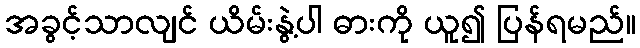
အခွင့်သာလျင် ယိမ်းနွဲ့ပါ ဓားကို ယူ၍ ပြန်ရမည်။